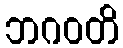
ဘဂဝတိ